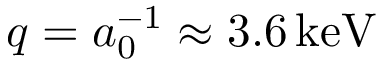
q = a _ { 0 } ^ { - 1 } \approx 3 . 6 \, \mathrm { k e V }